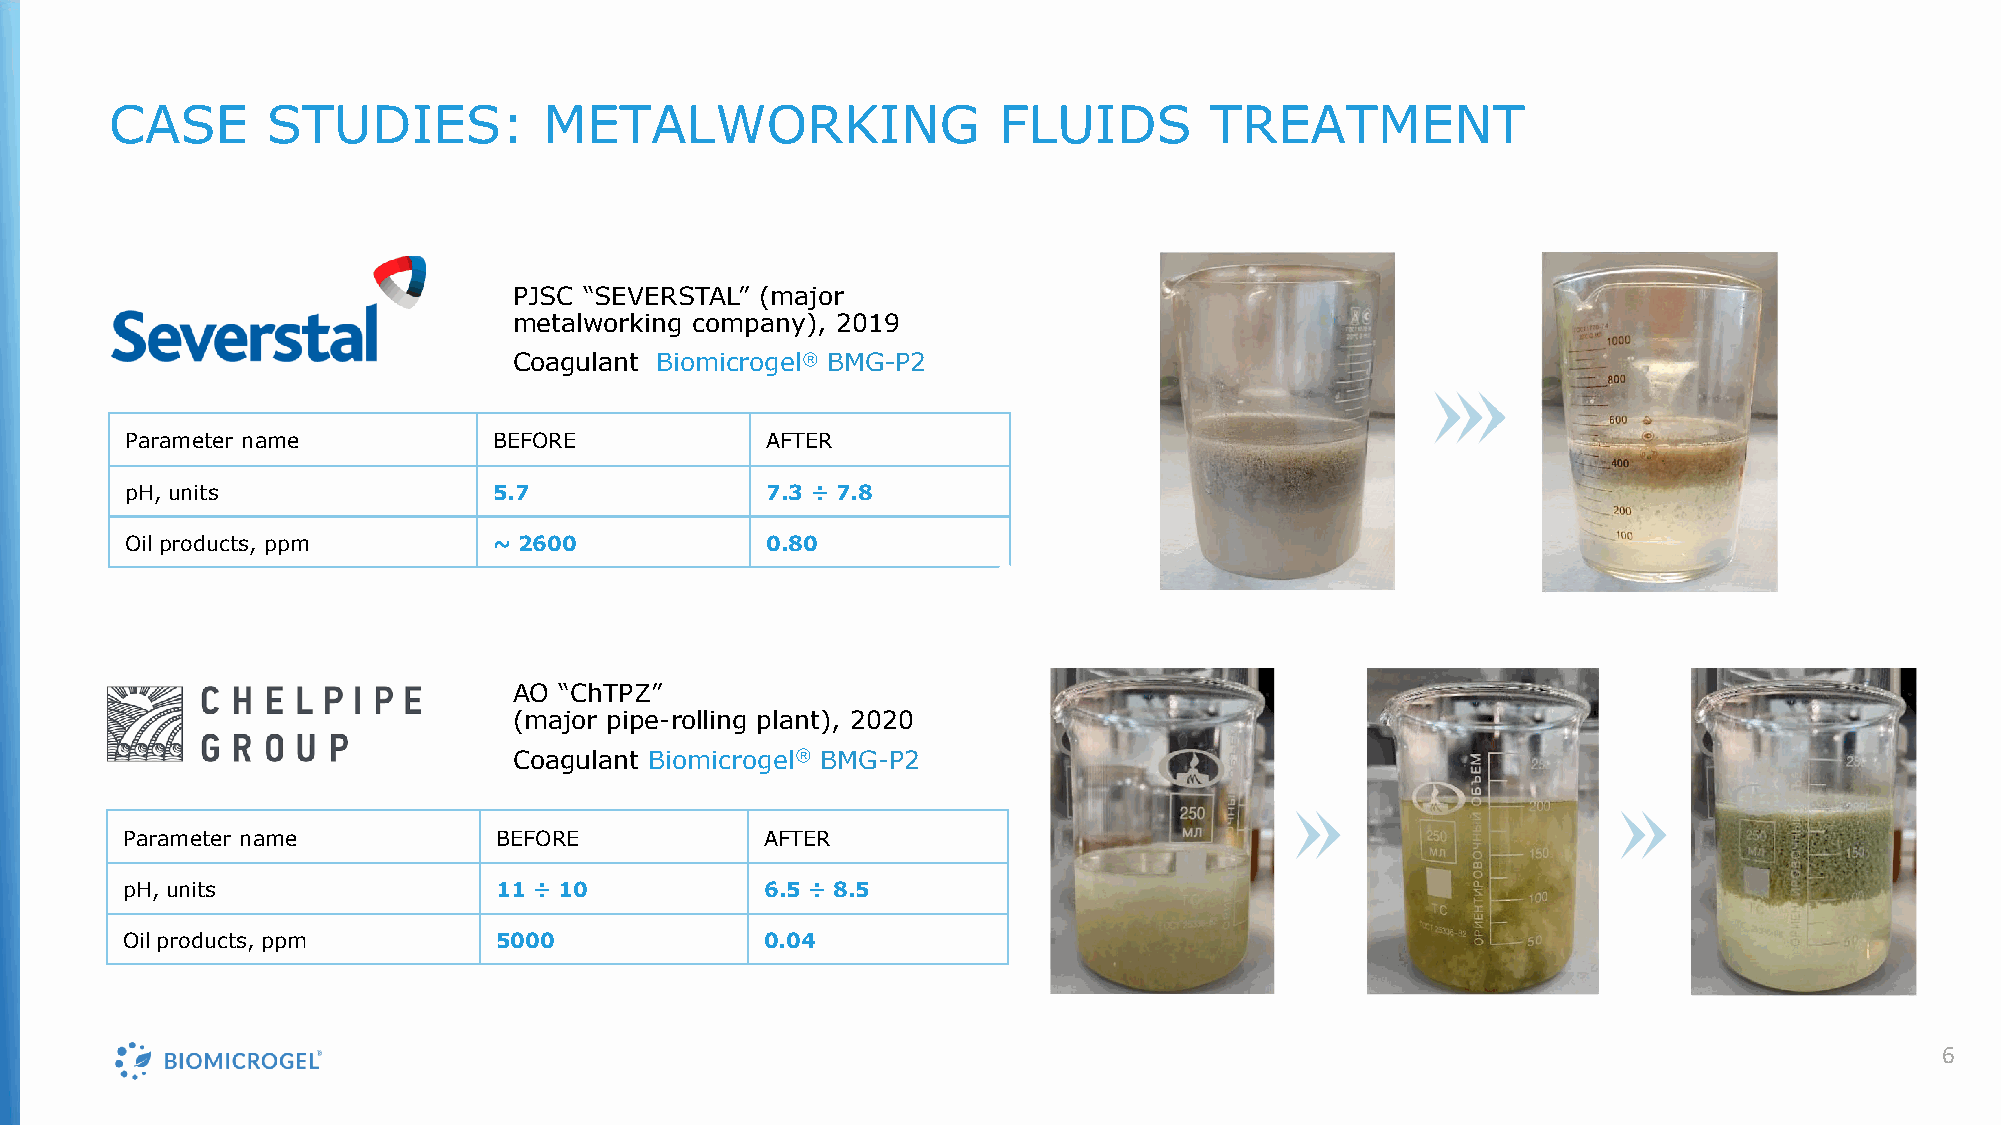
CASE       STUDIES:          METALWORKING                  FLUIDS        TREATMENT
 PJSC “SEVERSTAL” (major
 metalworking company), 2019
 Coagulant Biomicrogel® BMG-P2
 Parameter name           BEFORE            AFTER
 pH, units                5.7               7.3 ÷ 7.8
 Oilproducts, ppm         ~ 2600            0.80
 AO “ChTPZ”
 (major pipe-rolling plant), 2020
 Coagulant Biomicrogel® BMG-P2
 Parameter name           BEFORE            AFTER
 pH, units                11 ÷ 10           6.5 ÷ 8.5
 Oilproducts, ppm         5000              0.04
 6